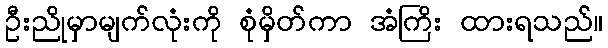
ဦးညိုမှာမျက်လုံးကို စုံမှိတ်ကာ အံကြိး ထားရသည်။